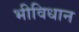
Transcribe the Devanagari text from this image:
भीविधान